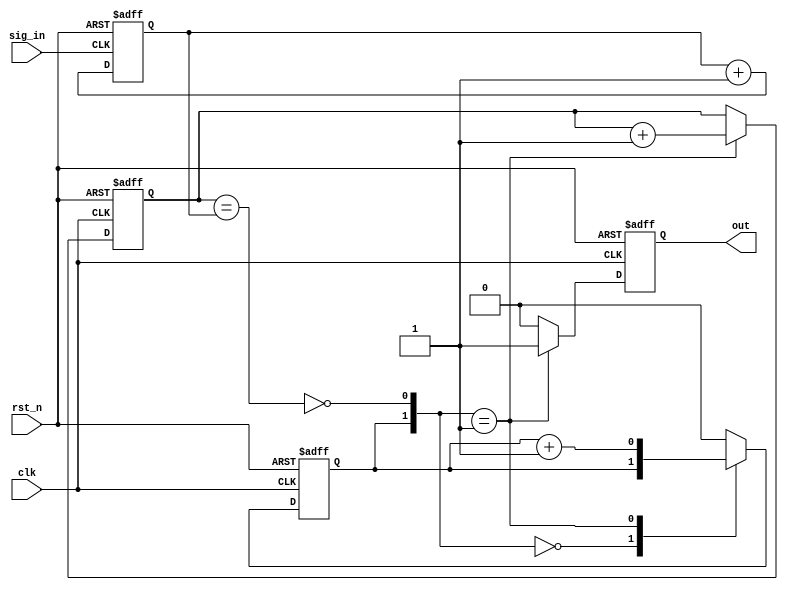
`timescale 1ns / 1ns
//////////////////////////////////////////////////////////////////////////////////
// Company: 
// Engineer: 
// 
// Design Name: 
// Module Name: edge_detector
// Project Name: 
// Target Devices: 
// Tool Versions: 
// Description: 
// 
// Dependencies: 
// 
// Revision:
// Revision 0.01 - File Created
// Additional Comments:
// 
//////////////////////////////////////////////////////////////////////////////////


module edge_detector(
    input clk,
    input sig_in,
    input rst_n,
    output reg out
    );
    reg [1:0] sig_in_counter;
    reg [1:0] rep_counter;
    reg dur_counter;
    reg rising;
    
    wire balance;
    wire [1:0] state;
    
    assign balance = (rep_counter == sig_in_counter);
    assign state = {dur_counter, !balance};
    always @(posedge clk, negedge rst_n) begin
        if(!rst_n) begin
            out <= 0;
            dur_counter <= 0;
            rep_counter <= 0;
        end
        else begin
            case (state) 
                2'b00: out <= 0;
                2'b01: begin
                    dur_counter <= dur_counter + 1;
                    rep_counter <= rep_counter + 1;
                    out <= 1;
                end
                default: begin                      // case 2'b1x
                    dur_counter <= 0;
                    out <= 0;
                end
            endcase
        end
    end
//    always @(posedge sig_in, negedge sig_in) begin
//        if(sig_in) rising <= 1'b1;
//        else rising <= 1'b0;
//    end
    always @(posedge sig_in, negedge rst_n) begin
        if(!rst_n) sig_in_counter <= 0;
        else sig_in_counter <= sig_in_counter + 1;
    end
endmodule